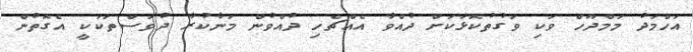
އަހްމަދު މަމްދޫހް ވަކި ވަގުތުކޮޅަކަށް ދުއްވާ އެއްޗެހި ދުއްވުން މަނާކުރާ ދުވަސްތަކަކީ އެގޮތުން